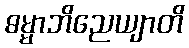
ဓမ္မာဘိညေယျာတိ